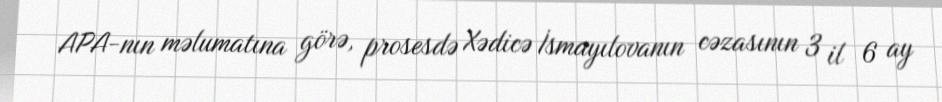
APA-nın məlumatına görə, prosesdə Xədicə İsmayılovanın cəzasının 3 il 6 ay